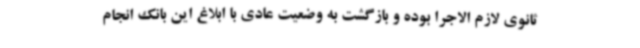
ثانوی لازم الاجرا بوده و بازگشت به وضعیت عادی با ابلاغ این بانک انجام